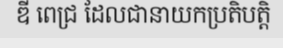
ឌី ពេជ្រ ដែលជានាយកប្រតិបត្តិ